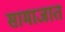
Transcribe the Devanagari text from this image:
सामाजात